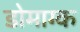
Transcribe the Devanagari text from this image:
डोमाग्क